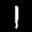
Label: 1